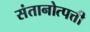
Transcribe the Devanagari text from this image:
संतानोत्पत्ती